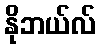
နိုဘယ်လ်